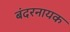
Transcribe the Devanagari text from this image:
बंदरनायक